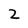
Character: 2